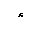
Letter: _hamza